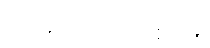
အားကောင်းစေရန်